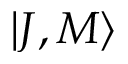
\left| J , M \right\rangle